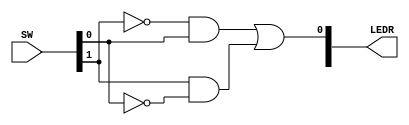
module myxor(SW, LEDR);

input   [9:0]   SW;
output  [9:0]   LEDR;

assign LEDR[0] = (~SW[1] & SW[0]) | (SW[1] & ~SW[0]);

endmodule